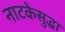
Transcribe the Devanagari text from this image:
नाटकेसुद्धा